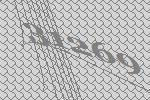
31269